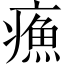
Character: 𤹿